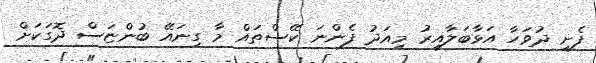
ފެށި ދުވަހާ އަޅާބަލާއިރު މިއަދު ފެންނަ ކޭސްތައް މާ ގިނައޭ ބުންޏަސް ދޮގަކަށް